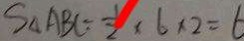
S _ { \Delta A B C } = \frac { 1 } { 2 } \times 6 \times 2 = 6